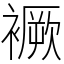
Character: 䙠